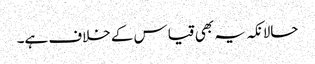
حالانکہ یہ بھی قیاس کے خلاف ہے۔